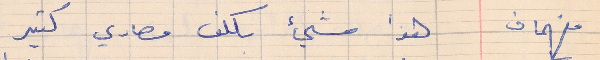
فهمان    هذا شيء بكلف مصاري كتير